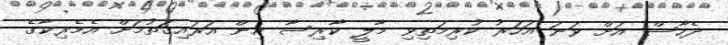
ދެހާސް އަށް ވަނަ އަހަރު ކުރިމަތިވި މާލީ ކާރިސާ އިން އަރައިގަތުމަށް އެމެރިކާގެ